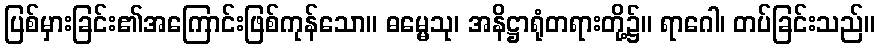
ပြစ်မှားခြင်း၏အကြောင်းဖြစ်ကုန်သော။ ဓမ္မေသု၊ အနိဋ္ဌာရုံတရားတို့၌။ ရာဂေါ၊ တပ်ခြင်းသည်။